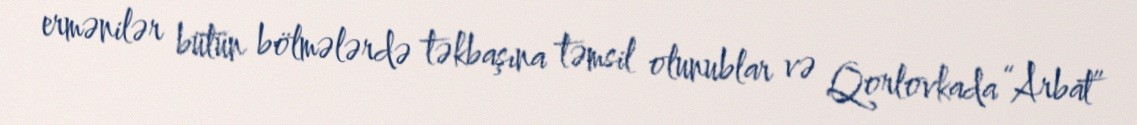
ermənilər bütün bölmələrdə təkbaşına təmsil olunublar və Qorlovkada “Arbat”